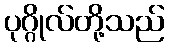
ပုဂ္ဂိုလ်တို့သည်